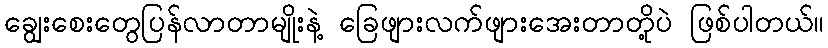
ချွေးစေးတွေပြန်လာတာမျိုးနဲ့ ခြေဖျားလက်ဖျားအေးတာတို့ပဲ ဖြစ်ပါတယ်။